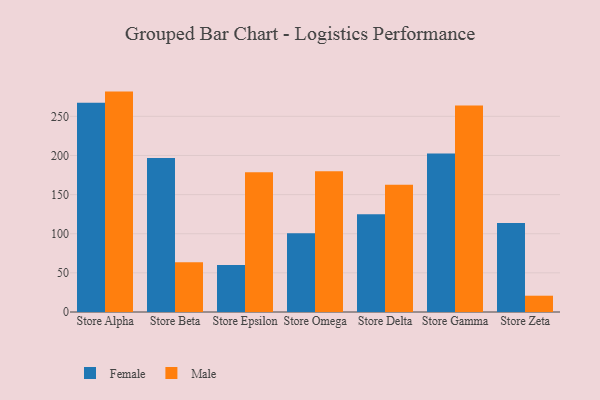
{"axis": {"x": "Store", "y": "Operating Costs (USD K)"}, "legend": ["Female", "Male"], "data": [{"x": "Store Alpha", "y": 267.3, "type": "Female"}, {"x": "Store Alpha", "y": 281.6, "type": "Male"}, {"x": "Store Beta", "y": 196.8, "type": "Female"}, {"x": "Store Beta", "y": 63.5, "type": "Male"}, {"x": "Store Epsilon", "y": 60.1, "type": "Female"}, {"x": "Store Epsilon", "y": 178.5, "type": "Male"}, {"x": "Store Omega", "y": 100.5, "type": "Female"}, {"x": "Store Omega", "y": 179.7, "type": "Male"}, {"x": "Store Delta", "y": 124.9, "type": "Female"}, {"x": "Store Delta", "y": 162.7, "type": "Male"}, {"x": "Store Gamma", "y": 202.6, "type": "Female"}, {"x": "Store Gamma", "y": 264.0, "type": "Male"}, {"x": "Store Zeta", "y": 113.7, "type": "Female"}, {"x": "Store Zeta", "y": 20.8, "type": "Male"}]}